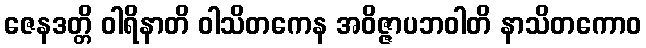
ဇေနဒတ္တိ ဝါရိနာတိ ဝါသိတကေန အဝိဇ္ဇာပဘဝါတိ နာသိတကောဝ